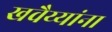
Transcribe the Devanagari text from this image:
खवैय्यांना